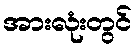
အားလုံးတွင်